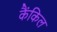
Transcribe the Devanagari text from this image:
कैंकिल